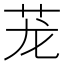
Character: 茏